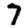
Digit: 7